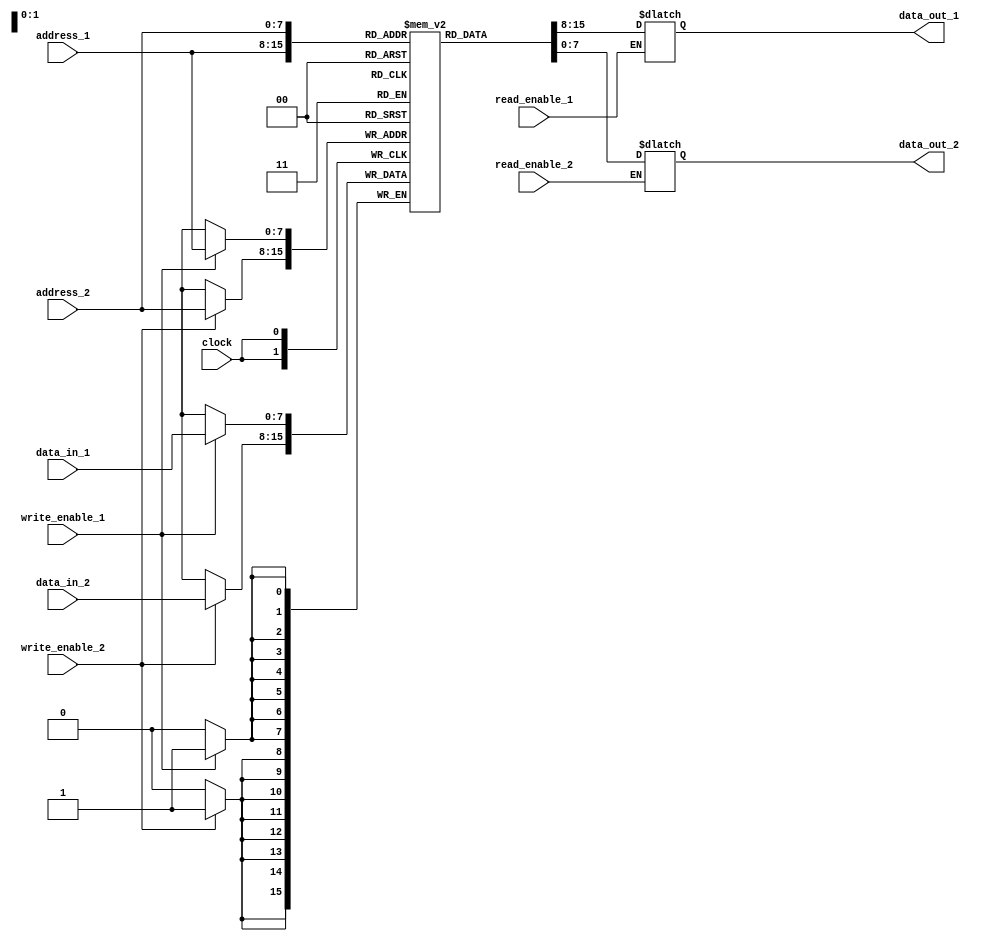
module register_file (
  input [7:0] address_1,
  input [7:0] address_2,
  input [7:0] data_in_1,
  input [7:0] data_in_2,
  input write_enable_1,
  input write_enable_2,
  input read_enable_1,
  input read_enable_2,
  input clock,
  output reg [7:0] data_out_1,
  output reg [7:0] data_out_2
);

reg [7:0] memory [0:255]; // memory blocks with 256 addressable registers

always @(posedge clock) begin
  if(write_enable_1) begin
    memory[address_1] <= data_in_1;
  end
  if(write_enable_2) begin
    memory[address_2] <= data_in_2;
  end
end

always @* begin
  if(read_enable_1) begin
    data_out_1 <= memory[address_1];
  end
  if(read_enable_2) begin
    data_out_2 <= memory[address_2];
  end
end

endmodule